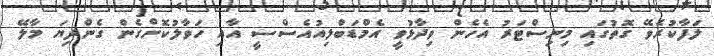
ލަފާކުރެވޭ ގޮތުގައި މިނިސްޓަރު އެހެން ވިދާޅުވީ އެމްޑަބްލިއުއެސްސީ އާއި ހަވާލުކޮށްގެން ގެންދިޔަ މާލޭ